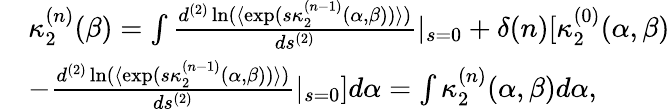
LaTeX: \begin{array}{rl}&{\kappa_{2}^{(n)}(\beta)=\int\frac{d^{(2)}\ln(\langle\exp(s\kappa_{2}^{(n-1)}(\alpha,\beta))\rangle)}{ds^{(2)}}|_{s=0}+\delta(n)[\kappa_{2}^{(0)}(\alpha,\beta)}\\ &{-\frac{d^{(2)}\ln(\langle\exp(s\kappa_{2}^{(n-1)}(\alpha,\beta))\rangle)}{ds^{(2)}}|_{s=0}]d\alpha=\int\kappa_{2}^{(n)}(\alpha,\beta)d\alpha,}\end{array}